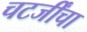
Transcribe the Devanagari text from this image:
चटर्जींचा